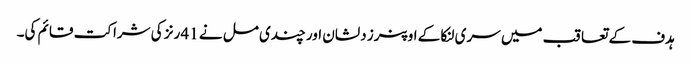
ہدف کے تعاقب میں سری لنکا کے اوپنرز دلشان اور چندی مل نے 41 رنز کی شراکت قائم کی۔